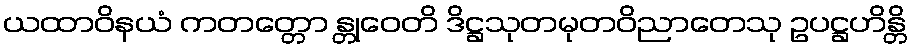
ယထာဝိနယံ ကတတ္တော န္တုဝေတိ ဒိဋ္ဌသုတမုတဝိညာတေသု ဥပဋ္ဌဟိန္တိ